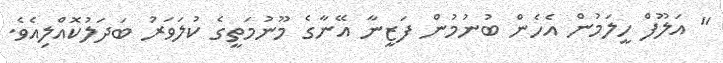
" އަލޫފް ހީލަމުން އެހެން ބުނުމުން ފަޒީނާ އޭނާގެ މޫނުމަތީގެ ކުލަވަރު ބަދަލުކޮއްލިއެވެ.